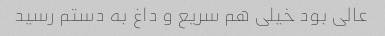
عالی بود خیلی هم سریع و داغ به دستم رسید